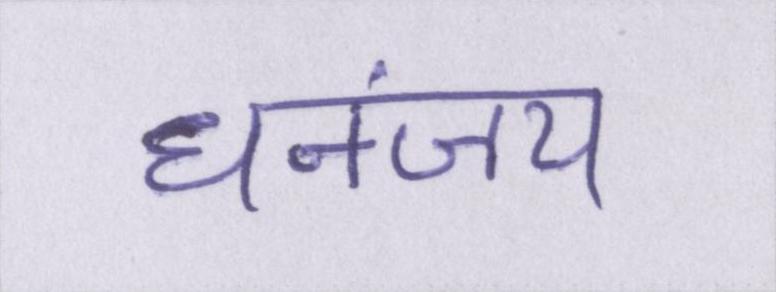
धनंजय